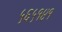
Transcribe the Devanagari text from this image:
५६५१४१